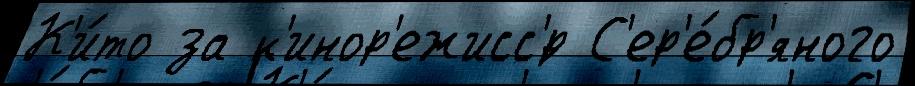
К'и́то за к'инор'ежисс'́р С'ер'е́бр'яного